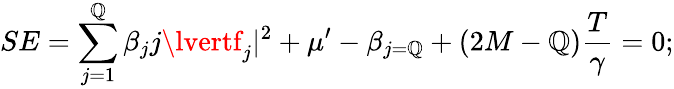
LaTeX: SE=\sum_{j=1}^{\mathbb{Q}}\beta_{j}j\lvertf_{j}\rvert^{2}+\mu^{\prime}-\beta_{j=\mathbb{Q}}+(2M-\mathbb{Q})\frac{{T}}{{\gamma}}=0;